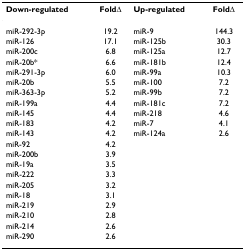
| Down-regulated | FoldΔ | Up-regulated | FoldΔ |
 | --- | --- | --- | --- |
 | miR-292-3p | 19.2 | miR-9 | 144.3 |
 | miR-126 | 17.1 | miR-125b | 30.3 |
 | miR-200c | 6.8 | miR-125a | 12.7 |
 | miR-20b* | 6.6 | miR-181b | 12.4 |
 | miR-291-3p | 6.0 | miR-99a | 10.3 |
 | miR-20b | 5.5 | miR-100 | 7.2 |
 | miR-363-3p | 5.2 | miR-99b | 7.2 |
 | miR-199a | 4.4 | miR-181c | 7.2 |
 | miR-145 | 4.4 | miR-218 | 4.6 |
 | miR-183 | 4.2 | miR-7 | 4.1 |
 | miR-143 | 4.2 | miR-124a | 2.6 |
 | miR-92 | 4.2 |  |  |
 | miR-200b | 3.9 |  |  |
 | miR-19a | 3.5 |  |  |
 | miR-222 | 3.3 |  |  |
 | miR-205 | 3.2 |  |  |
 | miR-18 | 3.1 |  |  |
 | miR-219 | 2.9 |  |  |
 | miR-210 | 2.8 |  |  |
 | miR-214 | 2.6 |  |  |
 | miR-290 | 2.6 |  |  |